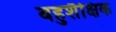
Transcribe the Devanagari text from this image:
बहुशैक्षिक